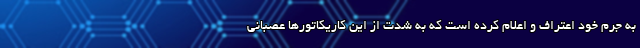
به جرم خود اعتراف و اعلام کرده است که به شدت از این کاریکاتورها عصبانی